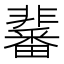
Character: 𩈀